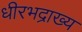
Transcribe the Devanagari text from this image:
धीरभद्राख्य